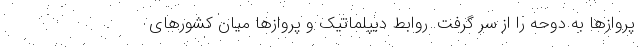
پروازها به دوحه را از سر گرفت. روابط دیپلماتیک و پروازها میان کشورهای